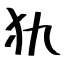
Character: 犰